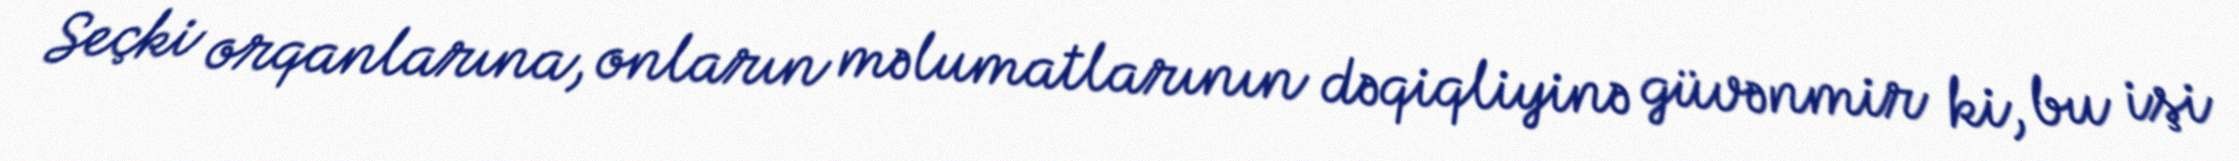
Seçki orqanlarına, onların məlumatlarının dəqiqliyinə güvənmir ki, bu işi